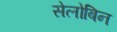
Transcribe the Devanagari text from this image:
सेलोबिन